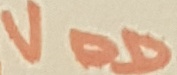
Text: VDD